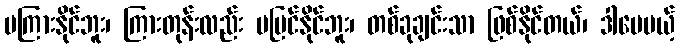
မကြားနိုင်ဘူး၊ ကြားတုန်းလည်း မမြင်နိုင်ဘူး၊ တစ်ခုချင်းသာ ဖြစ်နိုင်တယ်၊ ဒါပေမယ့်